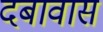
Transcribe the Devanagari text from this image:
दबावास